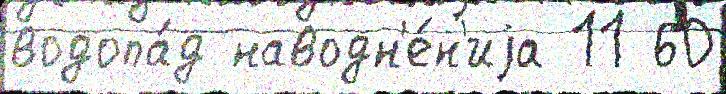
водопа́д наводн'е́н'иjа 11 60